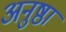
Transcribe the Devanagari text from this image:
अनुष्ठा